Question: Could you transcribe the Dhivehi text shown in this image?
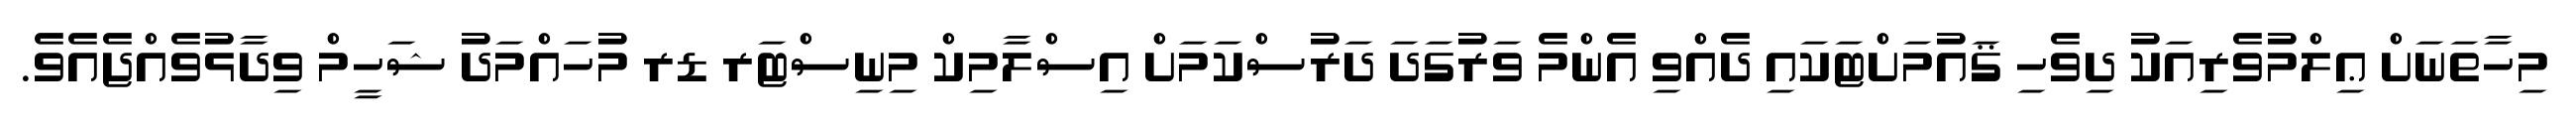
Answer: މިހާތަނަށް ޢިލްމުވެރިއަކު ދިވެހި ޤައުމަށްޓަކައި ދެއްވި އެންމެ ވަރުގަދަ ދަރުސްކަމަށް އިސްލާމިކް މިނިސްޓަރ ޑރ މުހައްމަދު ޝަހީމް ވިދާޅުވެއްޖެއެވެ.